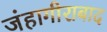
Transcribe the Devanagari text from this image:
जंहागीराबाद